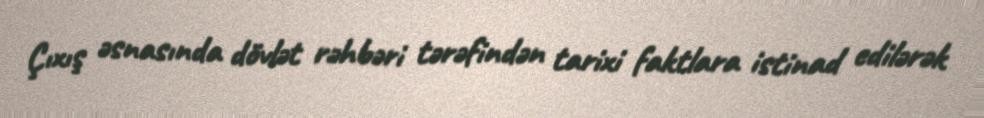
Çıxış əsnasında dövlət rəhbəri tərəfindən tarixi faktlara istinad edilərək